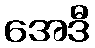
အေဒီ